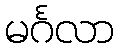
မင်္ဂလာ